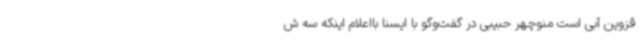
قزوین آبی است منوچهر حبیبی در گفت‌وگو با ایسنا بااعلام اینکه سه ش